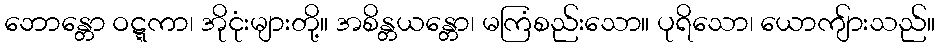
ဘောန္တော ဝဋ္ဋကာ၊ အိုငုံးများတို့။ အစိန္တယန္တော၊ မကြံစည်းသော။ ပုရိသော၊ ယောကျ်ားသည်။